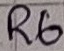
Text: R6